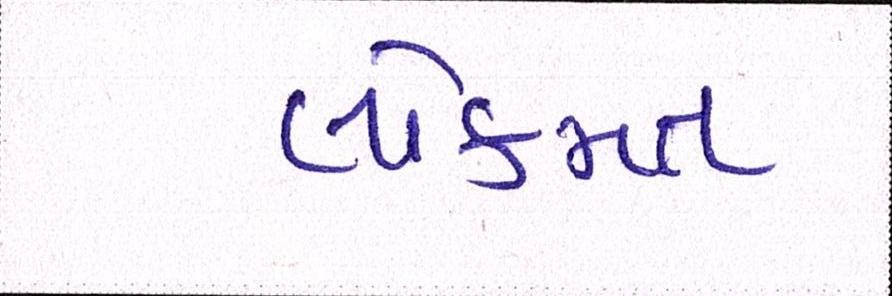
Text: લોકમત